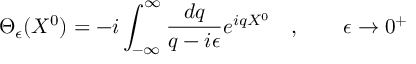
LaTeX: \Theta _ { \epsilon } ( X ^ { 0 } ) = - i \int _ { - \infty } ^ { \infty } \frac { d q } { q - i \epsilon } e ^ { i q X ^ { 0 } } \quad , \qquad \epsilon \rightarrow 0 ^ { + }